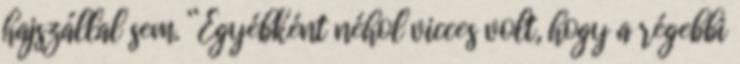
hajszállal sem. “Egyébként néhol vicces volt, hogy a régebbi